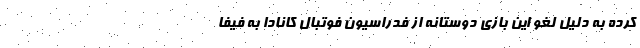
کرده به دلیل لغو این بازی دوستانه از فدراسیون فوتبال کانادا به فیفا